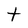
Character: t